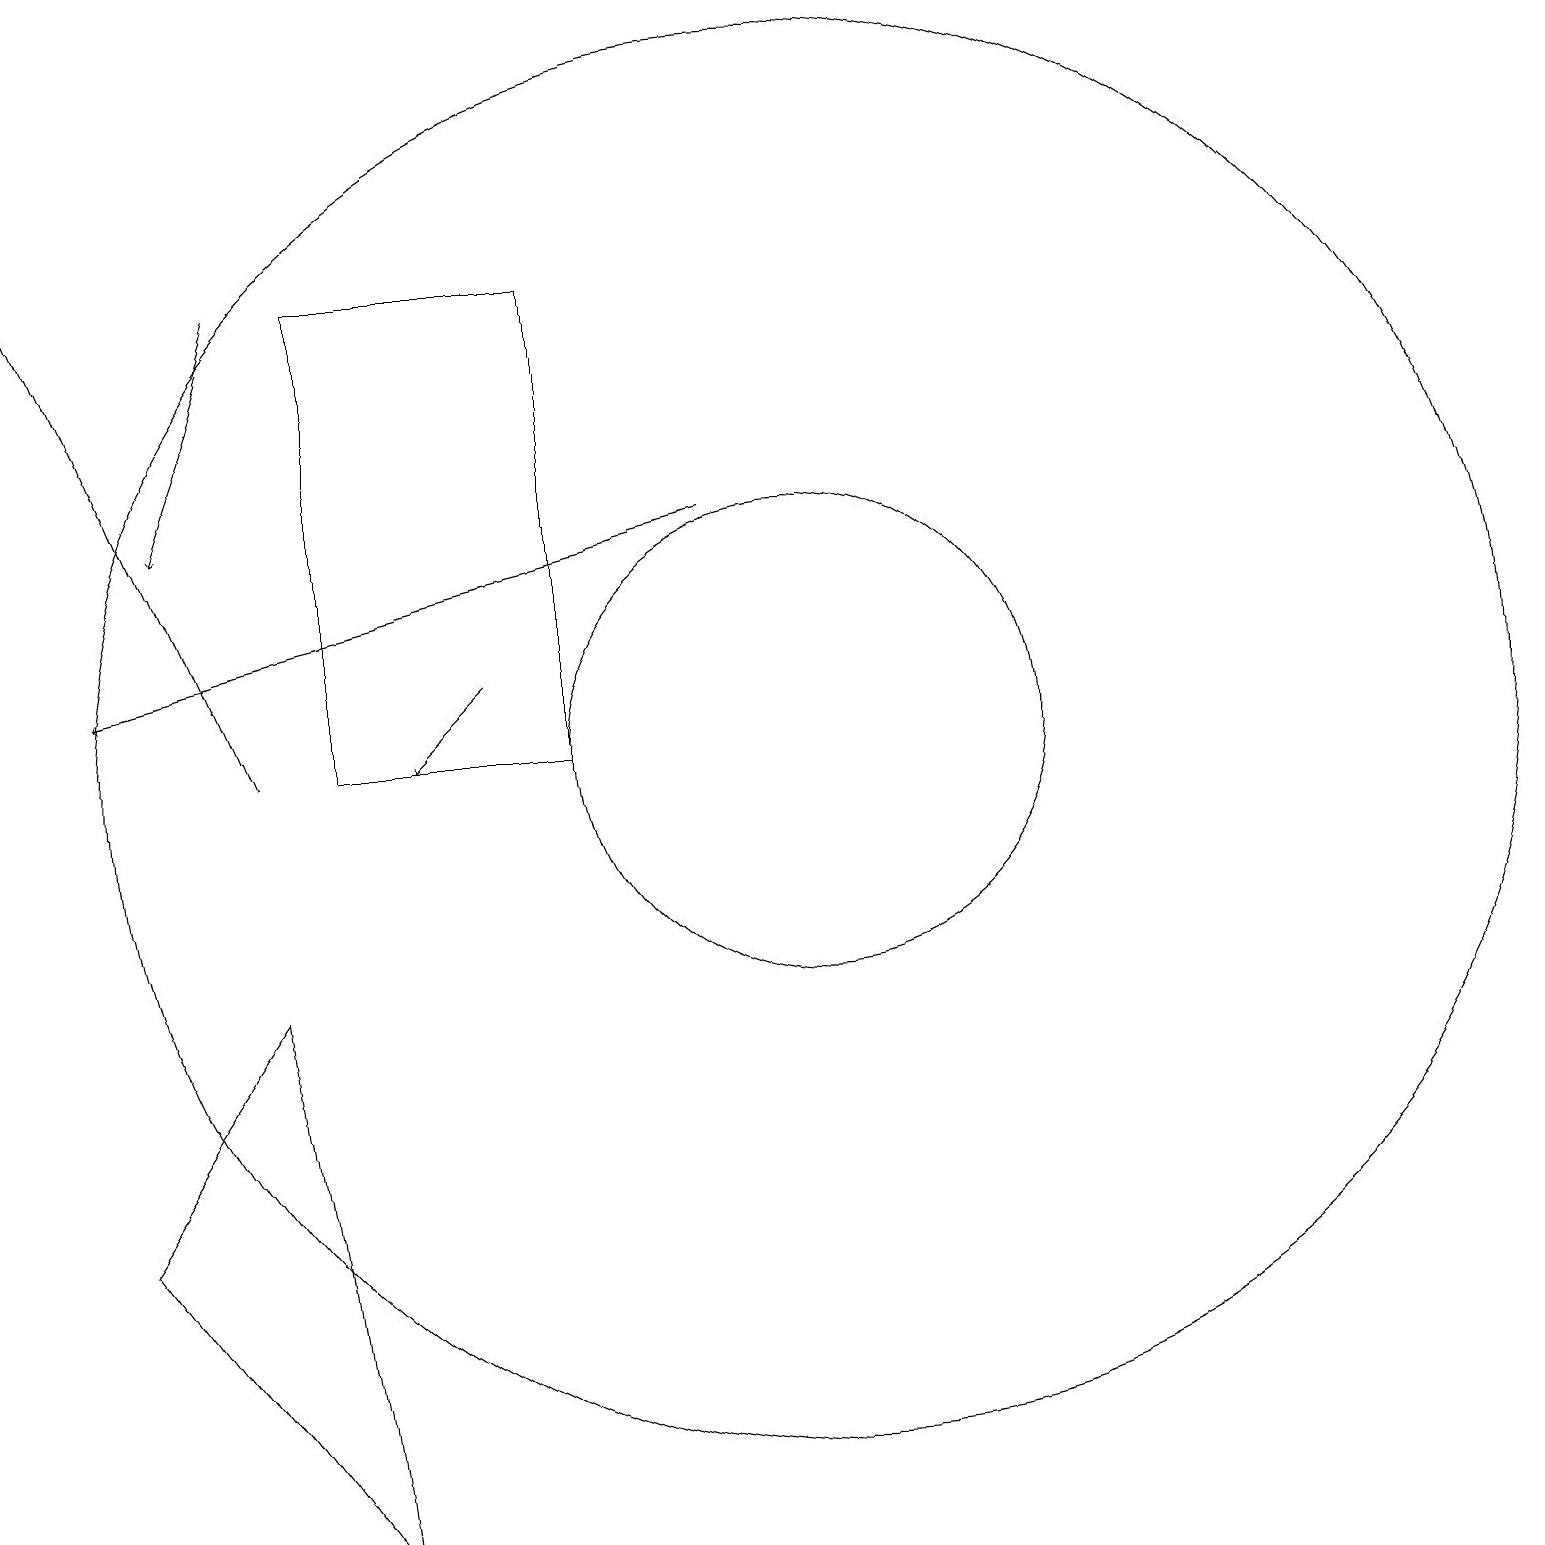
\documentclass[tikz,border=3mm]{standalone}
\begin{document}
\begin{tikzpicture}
\draw[->] (3,10) -- (0,17);
\draw (3,7) -- (1,4) -- (4,0) -- cycle;
\draw (10,10) circle (9);
\draw[->] (6,11) -- (5,10);
\draw[->] (3,16) -- (2,13);
\draw (10,10) circle (3);
\draw[->] (9,13) -- (1,11);
\draw (4,10) rectangle (7,16);
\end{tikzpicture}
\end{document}